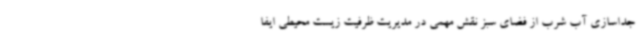
جداسازی آب شرب از فضای سبز نقش مهمی در مدیریت ظرفیت زیست محیطی ایفا